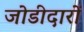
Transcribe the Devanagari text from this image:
जोडीदारों